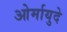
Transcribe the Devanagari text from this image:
ओर्मायुदे